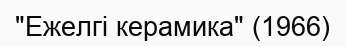
"Ежелгі керамика" (1966)